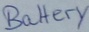
Text: Battery